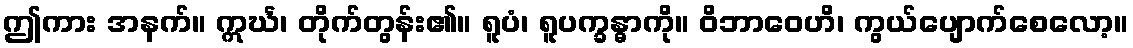
ဤကား အနက်။ ဣင်္ဃ၊ တိုက်တွန်း၏။ ရူပံ၊ ရူပက္ခန္ဓာကို။ ဝိဘာဝေဟိ၊ ကွယ်ပျောက်စေလော့။